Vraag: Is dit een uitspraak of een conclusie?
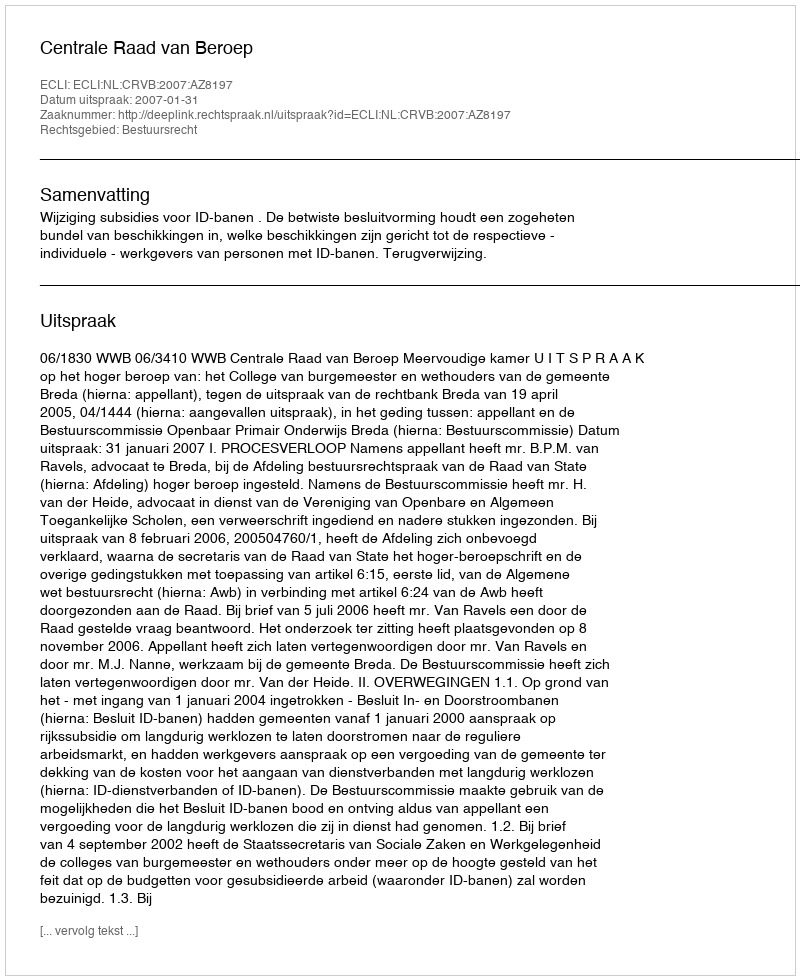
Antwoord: Uitspraak